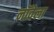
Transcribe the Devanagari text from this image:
नॉवेला